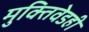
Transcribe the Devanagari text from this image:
मुक्तिवेडही